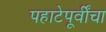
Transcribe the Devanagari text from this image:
पहाटेपूर्वींचा